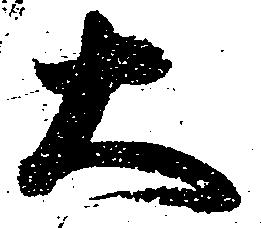
大